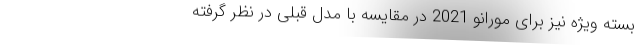
بسته ویژه نیز برای مورانو 2021 در مقایسه با مدل قبلی در نظر گرفته